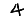
Digit: 4